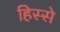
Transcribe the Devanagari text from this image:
हिस्‍स्‍ो